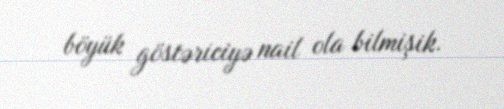
böyük göstəriciyə nail ola bilmişik.